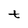
Character: t